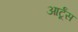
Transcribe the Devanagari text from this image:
आर्टूंस